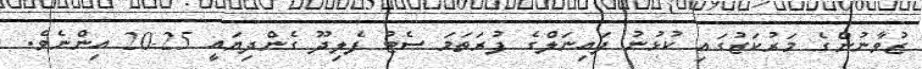
ޒުވާނުންގެ މަރުކަޒުގައި ކުޅުނު ފައިނަލްގެ ފުރަތަމަ ސެޓު ފެލިދޫ ގެންދިޔައީ 25-20 އިންނެވެ.